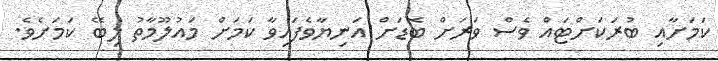
ކަމަށާއި ބުރަކަށްޓައް ވެސް ވަރަށް ބޮޑަށް އަނިޔާވެފައިވާ ކަމަށް މައުލޫމާތު ލިބޭ ކަމަށެވެ.